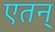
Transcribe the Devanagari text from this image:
एतन्‌